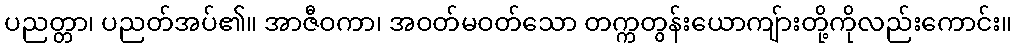
ပညတ္တာ၊ ပညတ်အပ်၏။ အာဇီဝကာ၊ အဝတ်မဝတ်သော တက္ကတွန်းယောကျ်ားတို့ကိုလည်းကောင်း။